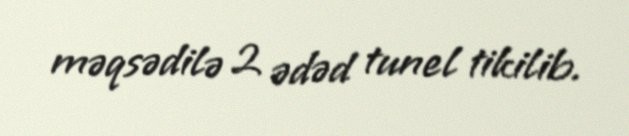
məqsədilə 2 ədəd tunel tikilib.